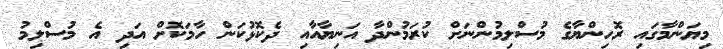
މިޔަންމާގައި ރޮހިންޔާގެ މުސްލިމުންނަށް ކުރަމުންދާ އަނިޔާއާއި ދެކޮޅުކަން ހާމަކޮށް އަދި އެ މުސްލިމު